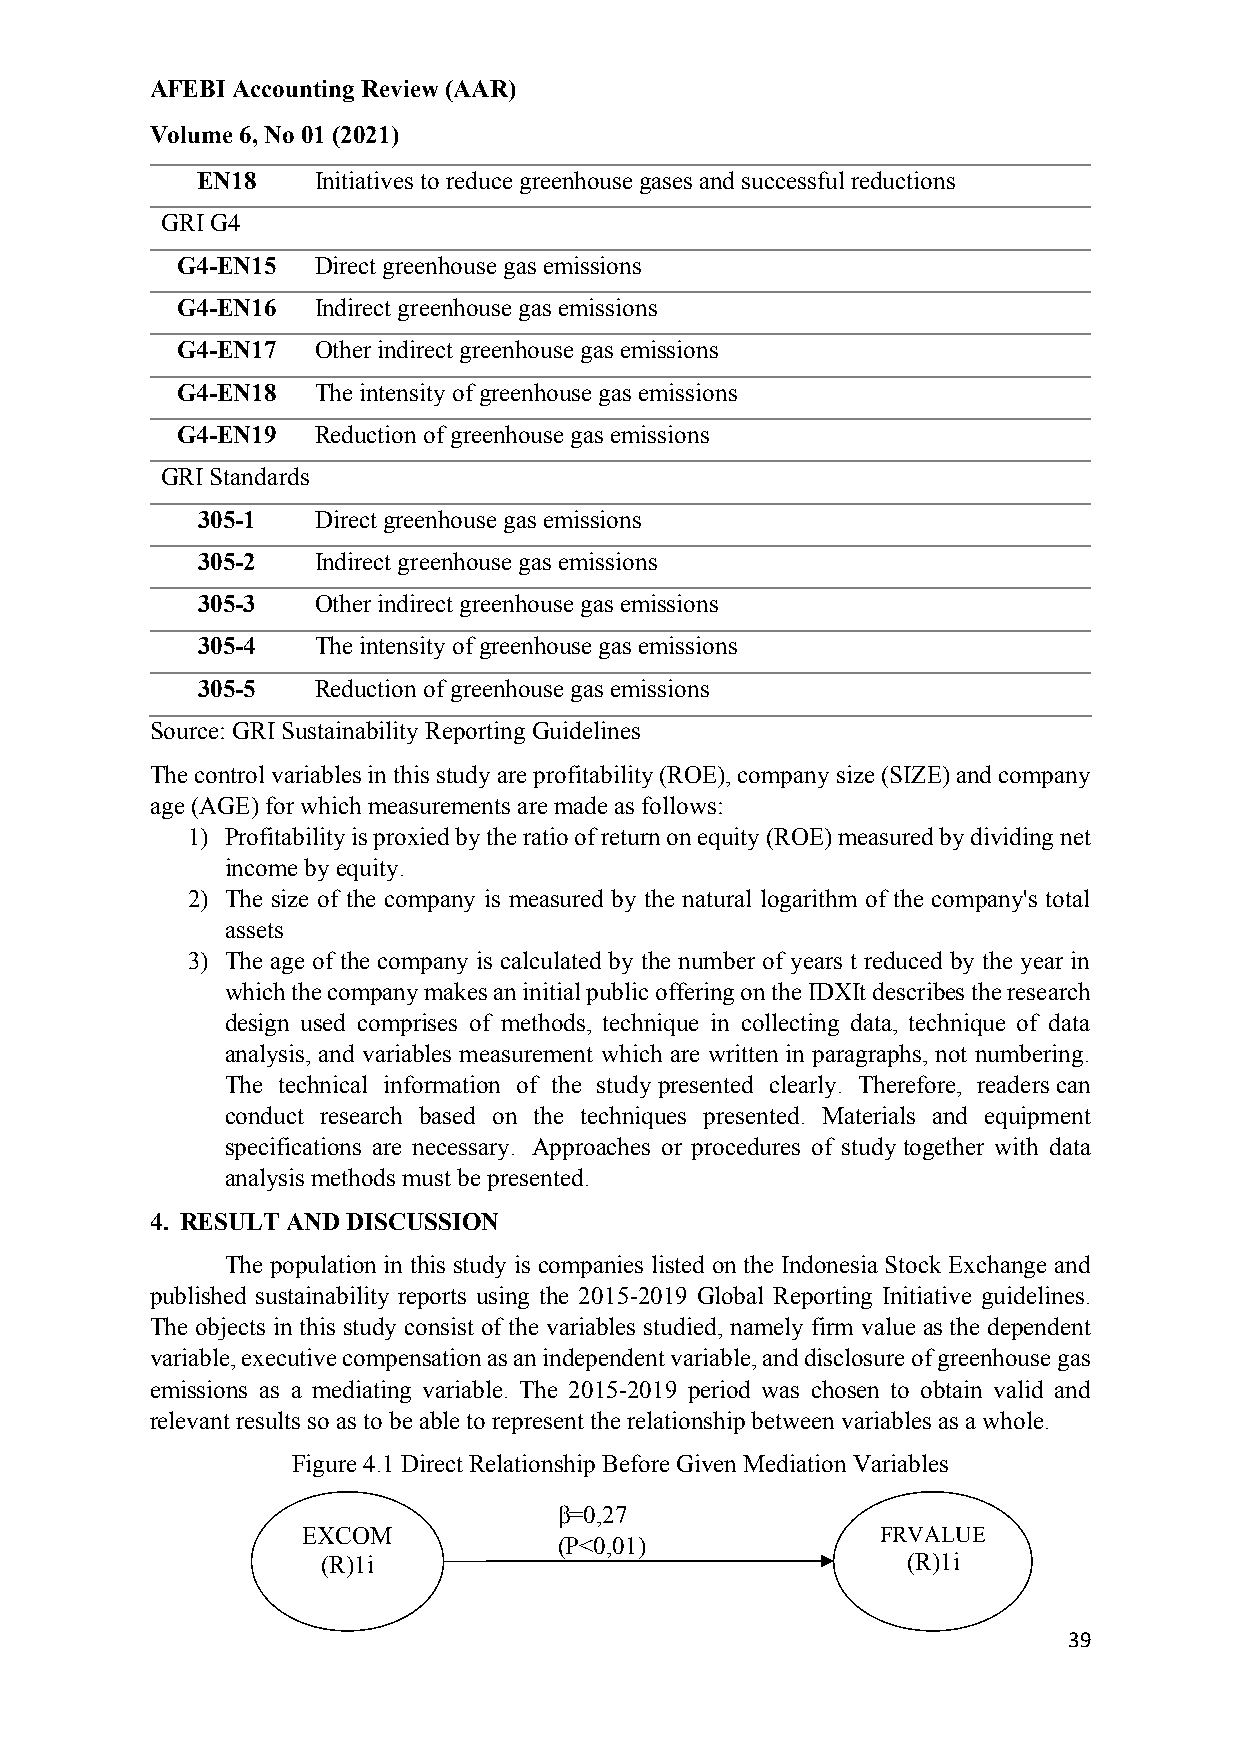
AFEBI Accounting Review (AAR)
 Volume 6, No 01 (2021)
 EN18    Initiatives to reduce greenhouse gases and successful reductions
 GRI G4
 G4-EN15  Direct greenhouse gas emissions
 G4-EN16  Indirect greenhouse gas emissions
 G4-EN17  Other indirect greenhouse gas emissions
 G4-EN18  The intensity of greenhouse gas emissions
 G4-EN19  Reduction of greenhouse gas emissions
 GRI Standards
 305-1   Direct greenhouse gas emissions
 305-2   Indirect greenhouse gas emissions
 305-3   Other indirect greenhouse gas emissions
 305-4   The intensity of greenhouse gas emissions
 305-5   Reduction of greenhouse gas emissions
 Source: GRI Sustainability Reporting Guidelines
 The control variables in this study are profitability (ROE), company size (SIZE) and company
 age (AGE) for which measurements are made as follows:
 1) Profitability is proxied by the ratio of return on equity (ROE) measured by dividing net
 income by equity.
 2) The size of the company is measured by the natural logarithm of the company's total
 assets
 3) The age of the company is calculated by the number of years t reduced by the year in
 which the company makes an initial public offering on the IDXIt describes the research
 design used comprises of methods, technique in collecting data, technique of data
 analysis, and variables measurement which are written in paragraphs, not numbering.
 The technical information of the study presented clearly. Therefore, readers can
 conduct research based on the techniques presented. Materials and equipment
 specifications are necessary. Approaches or procedures of study together with data
 analysis methods must be presented.
 4. RESULT AND DISCUSSION
 The population in this study is companies listed on the Indonesia Stock Exchange and
 published sustainability reports using the 2015-2019 Global Reporting Initiative guidelines.
 The objects in this study consist of the variables studied, namely firm value as the dependent
 variable, executive compensation as an independent variable, and disclosure of greenhouse gas
 emissions as a mediating variable. The 2015-2019 period was chosen to obtain valid and
 relevant results so as to be able to represent the relationship between variables as a whole.
 Figure 4.1 Direct Relationship Before Given Mediation Variables
 β=0,27
 EXCOM                                 FRVALUE
 (P<0,01)
 (R)1i                                  (R)1i
 39